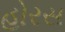
હોરસ